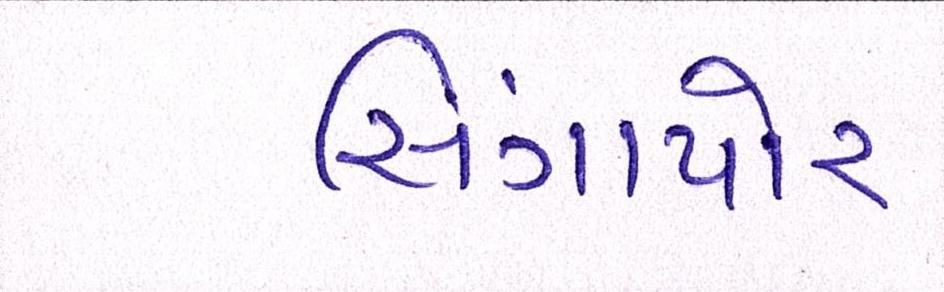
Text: સિંગાપોર